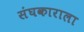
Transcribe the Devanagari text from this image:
संघकाराला